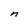
Character: n